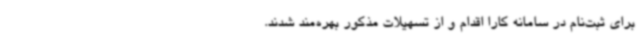
برای ثبت‌نام در سامانه کارا اقدام و از تسهیلات مذکور بهره‌مند شدند.